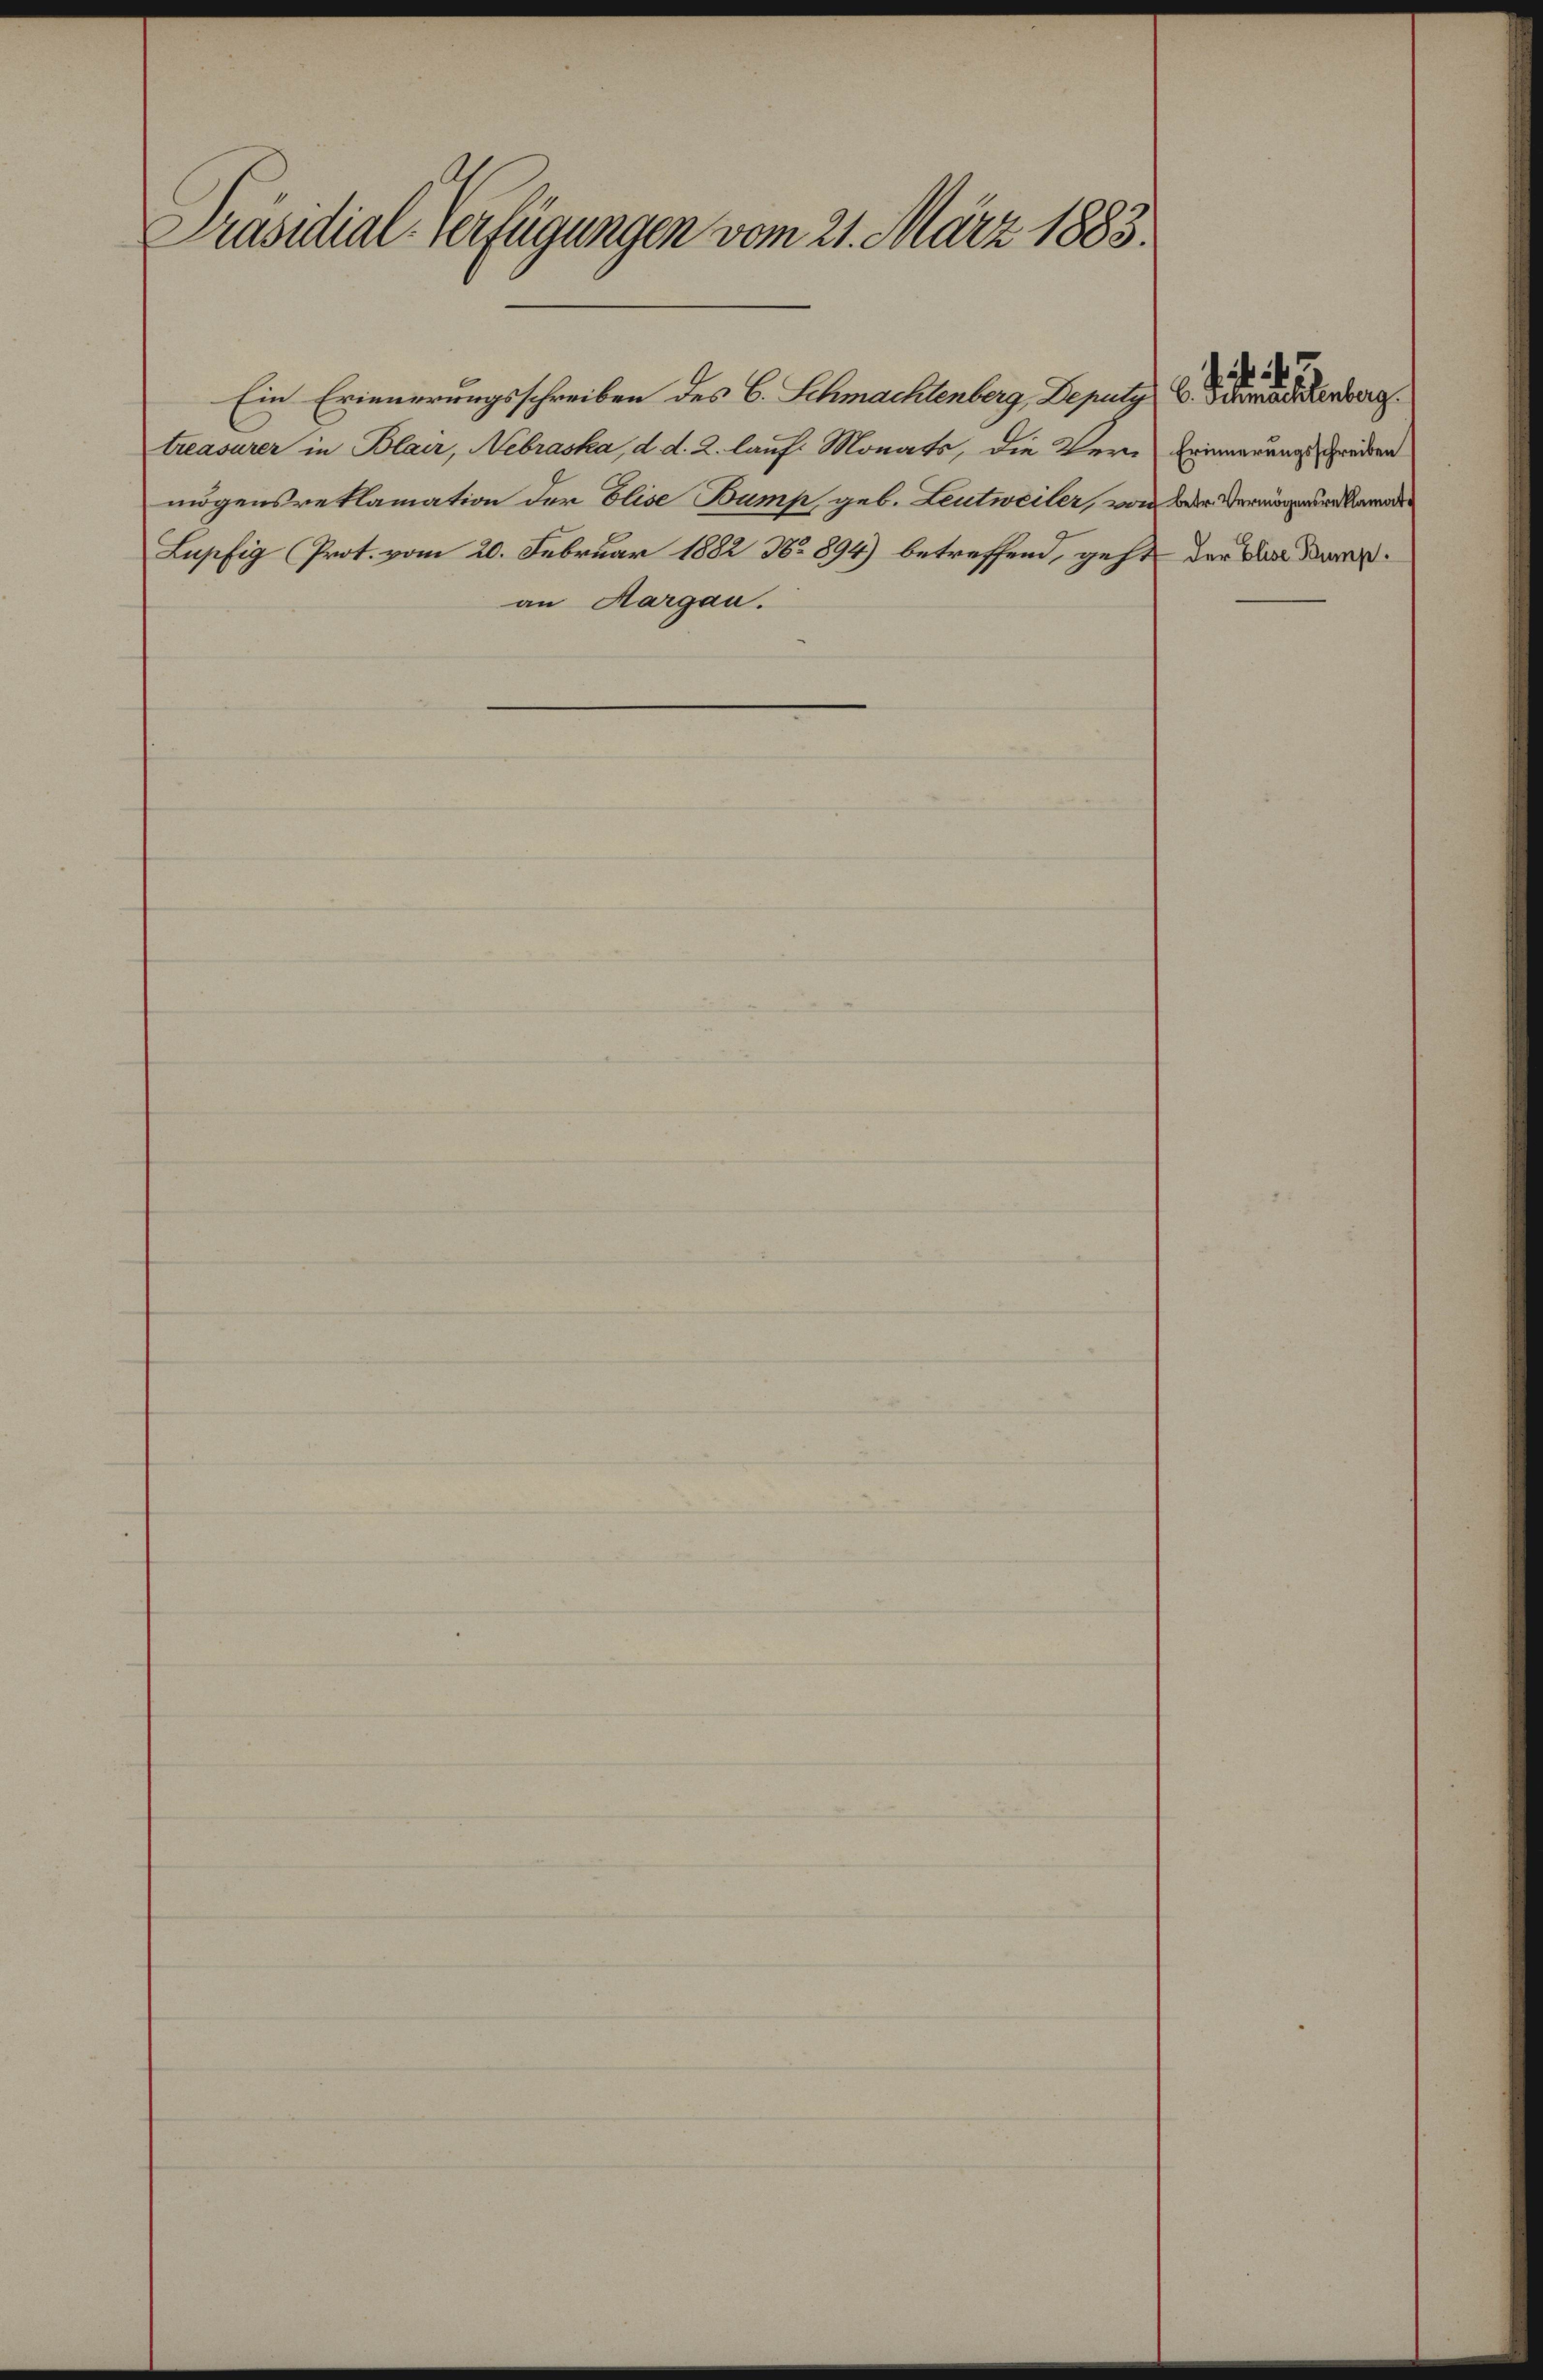
Präsidial-Verfügungen vom 21. März 1883.

treasurer in Blair, Nebraska, d. d. 2. lauf Monats, die Ver-
mögensreklamation der Elise Bump, geb. Leutweiler, von der Vermögenswalden
Lupfig Prot. vom 20. Februar 1882 No 894) betreffend, geht
an Aargau.

Ein Erinnerungsschreiben des C. Schmachtenberg, Deputy

. dieselberg
Erinnerungsschreiben
 der Elise Kump.